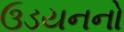
ઉડયનનો